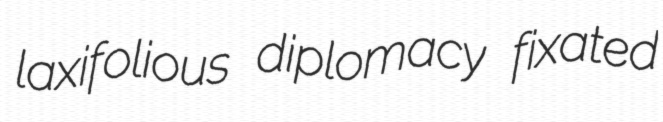
laxifolious diplomacy fixated